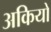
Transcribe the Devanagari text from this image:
अकियो